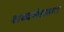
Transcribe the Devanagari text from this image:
शब्दसंग्रहात